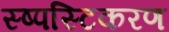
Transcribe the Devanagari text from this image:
स्ष्पस्टिकरण